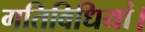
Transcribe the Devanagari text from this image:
गतिविधियां।